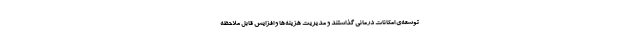
توسعه‌ی امکانات درمانی گذاشتند و مدیریت هزینه‌ها و افزایش قابل ملاحظه